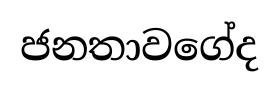
ජනතාවගේද